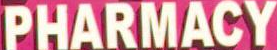
PHARMACY